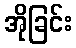
အိုခြင်း